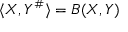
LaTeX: \langle X , Y ^ { \# } \rangle = B ( X , Y )